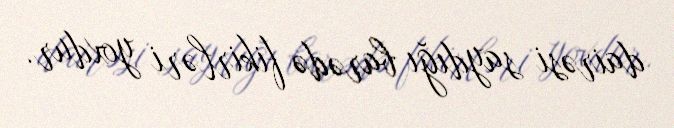
dairəsi saydığı barədə fikirləri yoxdur.